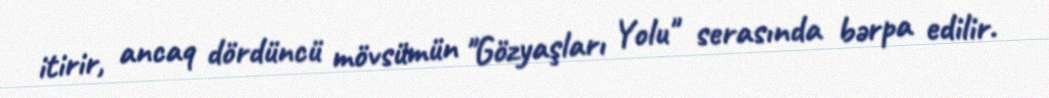
itirir, ancaq dördüncü mövsümün "Gözyaşları Yolu" serasında bərpa edilir.